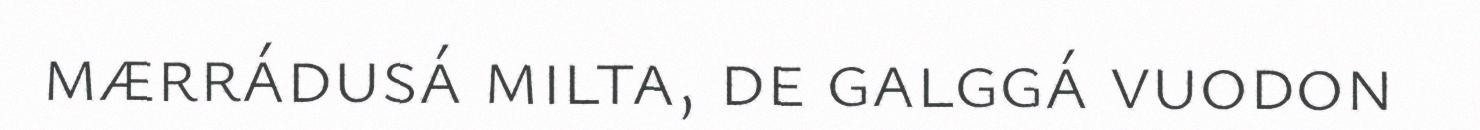
mærrádusá milta, de galggá vuodon